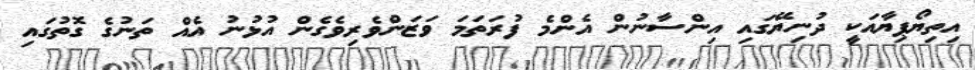
އިތިޔޯޕިޔާއަކީ ދުނިޔޭގައި އިންސާނުން އެންމެ ފުރަތަމަ ވަޒަންވެރިވެގެން އުޅުނު އެއް ތަނުގެ ގޮތުގައި